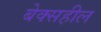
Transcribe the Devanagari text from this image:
बेक्सहील